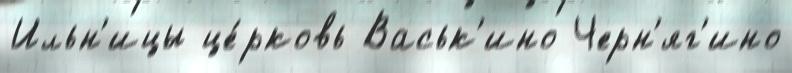
Ильн'ицы це́рковь Васьк'ино Черн'яг'ино